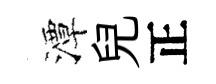
潭兒正